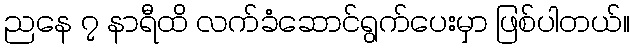
ညနေ ၇ နာရီထိ လက်ခံဆောင်ရွက်ပေးမှာ ဖြစ်ပါတယ်။